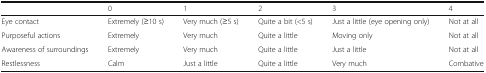
<table><thead><tr><td></td><td><b>0</b></td><td><b>1</b></td><td><b>2</b></td><td><b>3</b></td><td><b>4</b></td></tr></thead><tbody><tr><td>Eye contact</td><td>Extremely (≥10 s)</td><td>Very much (≥5 s)</td><td>Quite a bit (&lt;5 s)</td><td>Just a little (eye opening only)</td><td>Not at all</td></tr><tr><td>Purposeful actions</td><td>Extremely</td><td>Very much</td><td>Quite a little</td><td>Moving only</td><td>Not at all</td></tr><tr><td>Awareness of surroundings</td><td>Extremely</td><td>Very much</td><td>Quite a little</td><td>Just a little</td><td>Not at all</td></tr><tr><td>Restlessness</td><td>Calm</td><td>Just a little</td><td>Quite a little</td><td>Very much</td><td>Combative</td></tr></tbody></table>